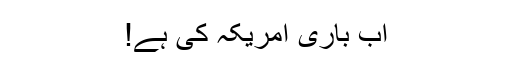
اب باری امریکہ کی ہے!